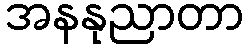
အနနုညာတာ